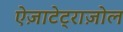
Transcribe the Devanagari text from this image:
ऐज़ाटेट्राज़ोल